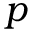
p